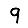
Digit: 9